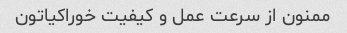
ممنون از سرعت عمل و کیفیت خوراکیاتون